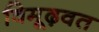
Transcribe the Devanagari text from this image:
विमूढ़वत